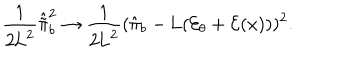
LaTeX: \frac { 1 } { 2 \mathrm { L } ^ { 2 } } \hat { \tilde { \pi } } _ { b } ^ { 2 } \rightarrow \frac { 1 } { 2 \mathrm { L } ^ { 2 } } ( \hat { \pi } _ { b } - \mathrm { L } ( { \cal E } _ { \theta } + { \cal E } ( x ) ) ) ^ { 2 } .